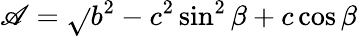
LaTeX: \mathscr{A}=\sqrt{}{{b^{2}-c^{2}\sin^{2}\beta}}+c\cos\beta